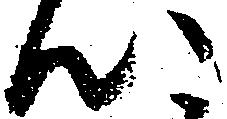
心